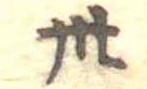
卅